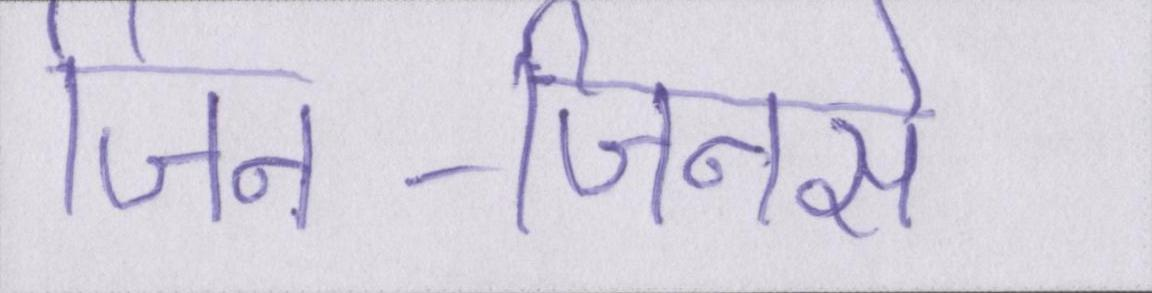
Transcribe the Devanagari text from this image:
जिन-जिनसे